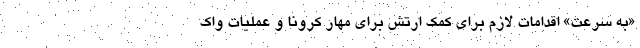
«به سرعت» اقدامات لازم برای کمک ارتش برای مهار کرونا و عملیات واک